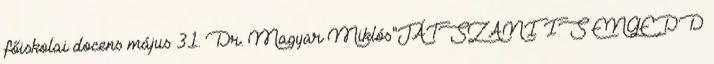
főiskolai docens május 31. Dr. Magyar Miklós"JÁTSZANI IS ENGEDD